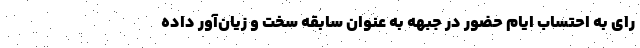
رای به احتساب ایام حضور در جبهه به عنوان سابقه سخت و زیان‌آور داده